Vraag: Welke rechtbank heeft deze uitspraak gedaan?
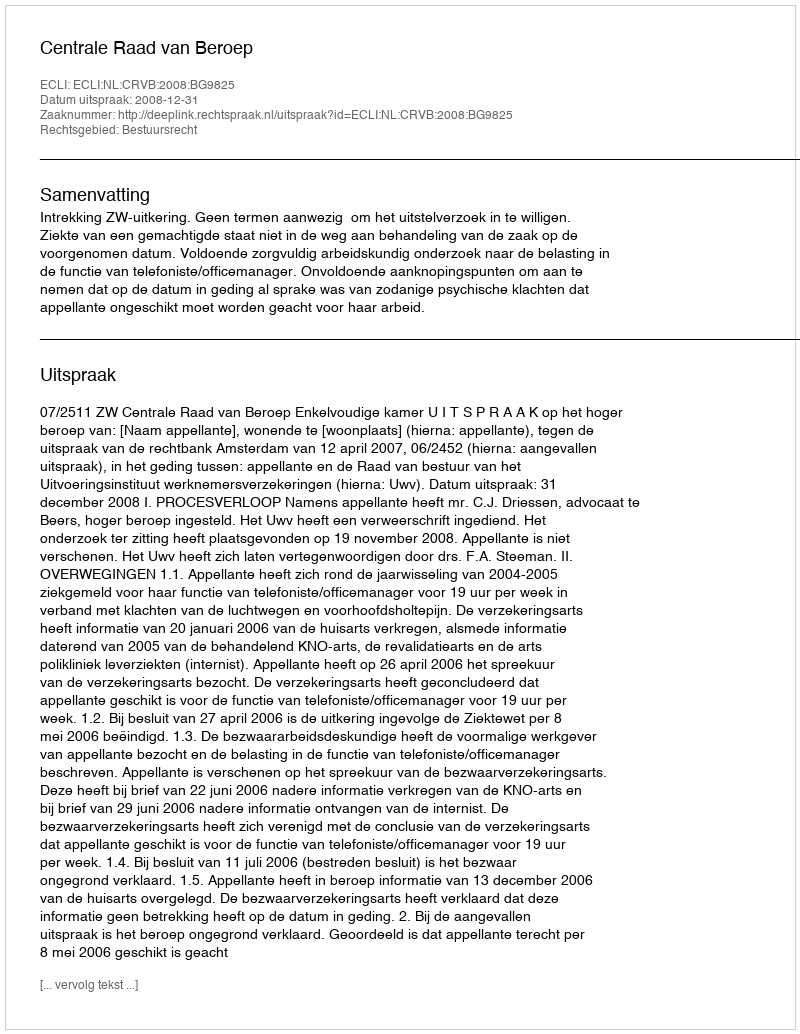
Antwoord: Centrale Raad van Beroep